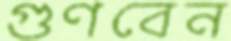
গুণবেন